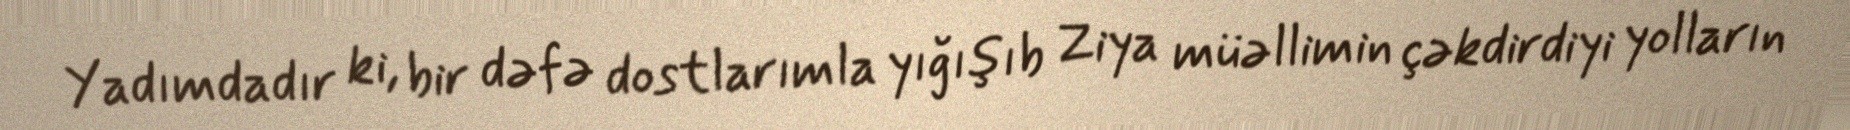
Yadımdadır ki, bir dəfə dostlarımla yığışıb Ziya müəllimin çəkdirdiyi yolların